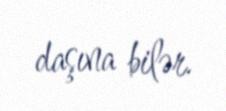
daşına bilər.